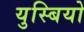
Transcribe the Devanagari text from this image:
युस्बियो